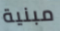
مبنية